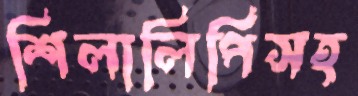
শিলালিপিসহ